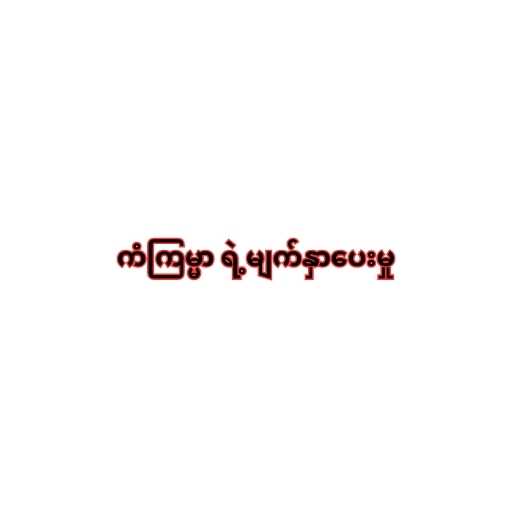
ကံကြမ္မာ ရဲ့မျက်နှာပေးမှု